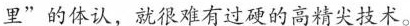
里”的体认，就很难有过硬的高精尖技术。